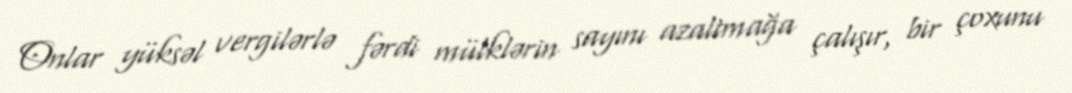
Onlar yüksəl vergilərlə fərdi mülklərin sayını azaltmağa çalışır, bir çoxunu